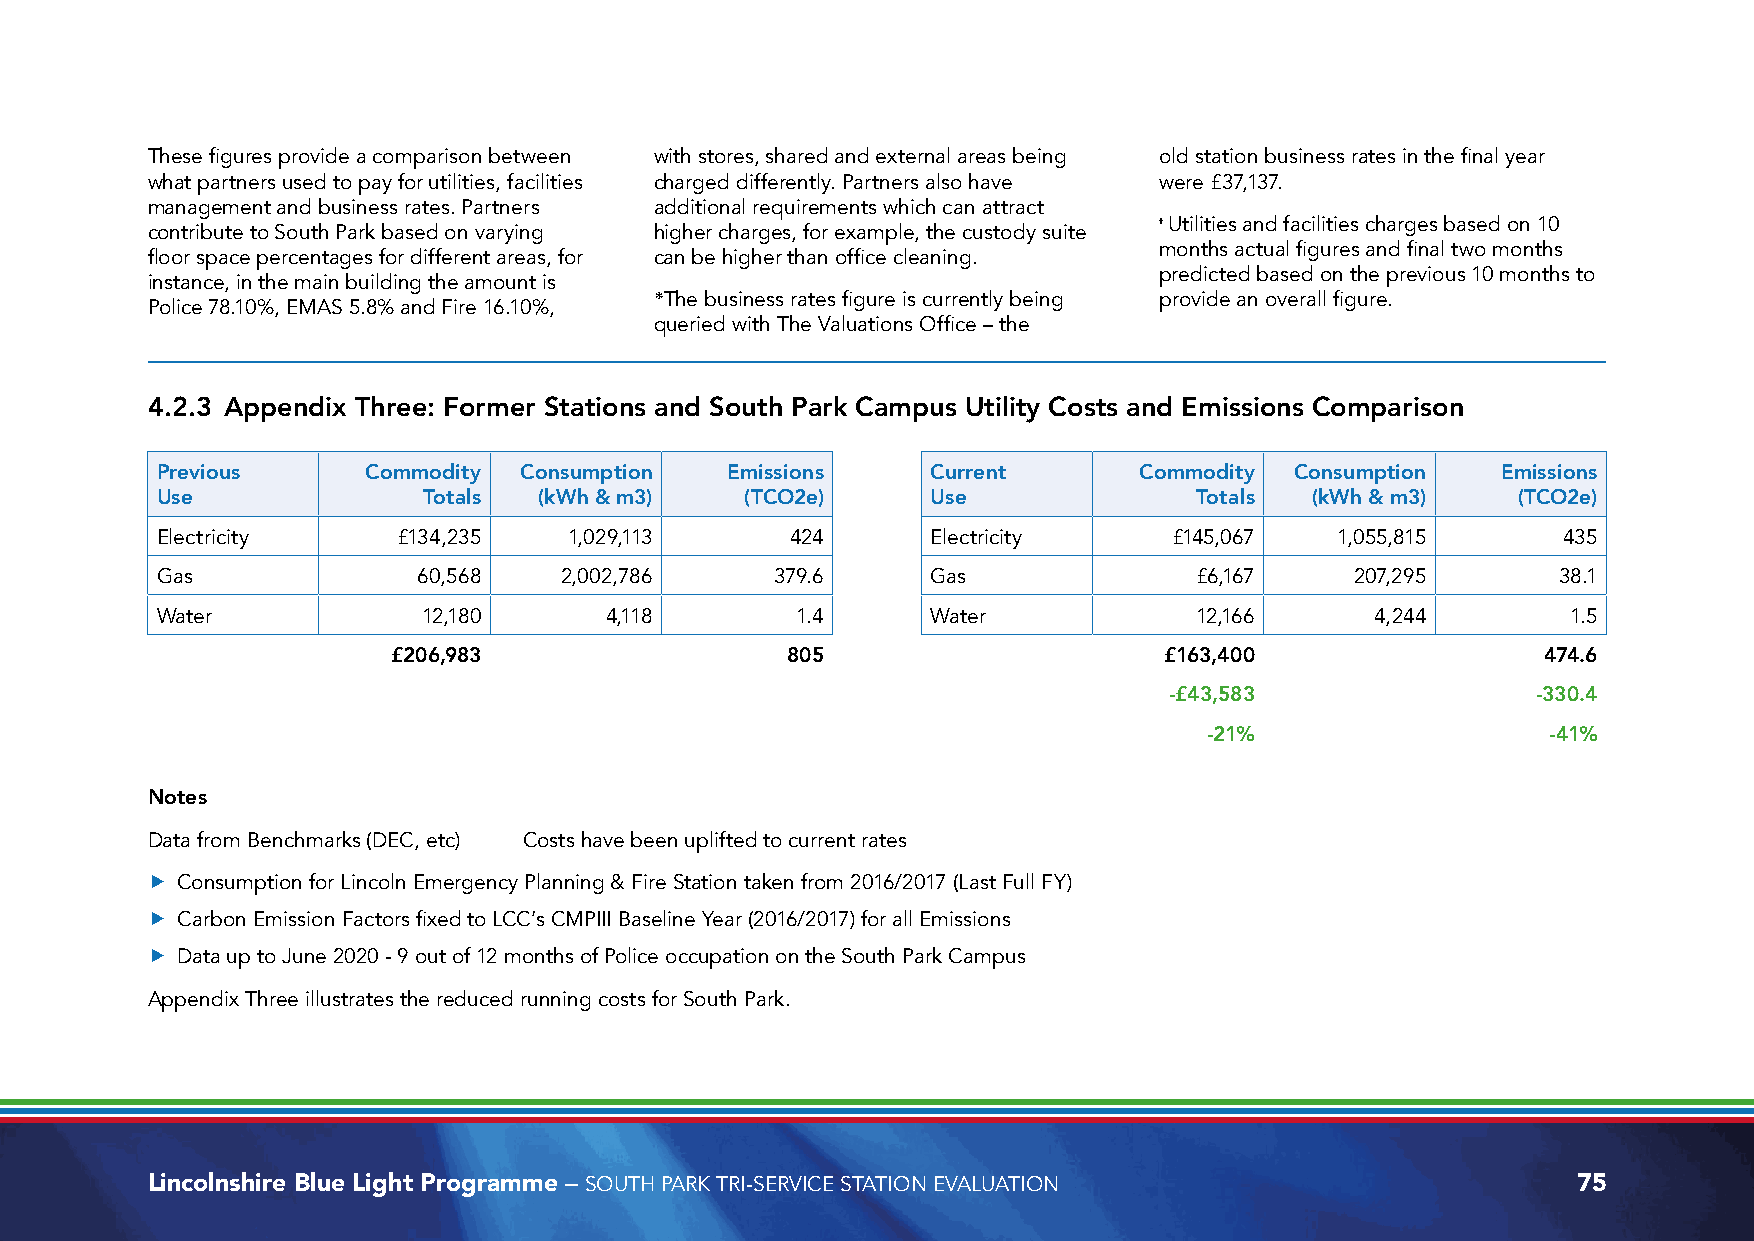
These figures provide a comparison between with stores, shared and external areas being old station business rates in the final year
 what partners used to pay for utilities, facilities charged differently. Partners also have were £37,137.
 management and business rates. Partners additional requirements which can attract
 ᶧ Utilities and facilities charges based on 10
 contribute to South Park based on varying higher charges, for example, the custody suite
 months actual figures and final two months
 floor space percentages for different areas, for can be higher than office cleaning.
 predicted based on the previous 10 months to
 instance, in the main building the amount is
 *The business rates figure is currently being provide an overall figure.
 Police 78.10%, EMAS 5.8% and Fire 16.10%,
 queried with The Valuations Office – the
 4.2.3 Appendix Three: Former Stations and South Park Campus Utility Costs and Emissions Comparison
 Previous      Commodity Consumption   Emissions     Current      Commodity  Consumption  Emissions
 Use               Totals  (kWh & m3)   (TCO2e)      Use              Totals  (kWh & m3)   (TCO2e)
 Electricity     £134,235    1,029,113     424       Electricity     £145,067   1,055,815     435
 Gas               60,568   2,002,786     379.6      Gas              £6,167     207,295      38.1
 Water             12,180      4,118        1.4      Water            12,166      4,244        1.5
 £206,983                  805                      £163,400                 474.6
 -£43,583                 -330.4
 -21%                   -41%
 Notes
 Data from Benchmarks (DEC, etc) Costs have been uplifted to current rates
 f Consumption for Lincoln Emergency Planning & Fire Station taken from 2016/2017 (Last Full FY)
 f Carbon Emission Factors fixed to LCC’s CMPIII Baseline Year (2016/2017) for all Emissions
 f Data up to June 2020 - 9 out of 12 months of Police occupation on the South Park Campus
 Appendix Three illustrates the reduced running costs for South Park.
 Lincolnshire Blue Light Programme – SOUTH PARK TRI-SERVICE STATION EVALUATION                 75